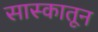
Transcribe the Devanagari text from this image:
सास्कातून